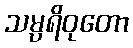
သမ္ပရိဝုတော